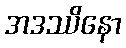
အဒဿိနော